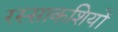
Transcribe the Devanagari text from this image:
रस्साकशियों